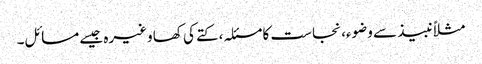
مثلاً نبیذ سے وضوء، نجاست کا مسئلہ، کتے کی کھا وغیرہ جیسے مسائل۔